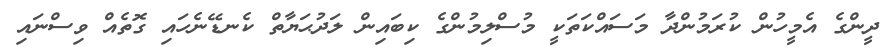
ދީންގެ އެމީހުން ކުރަމުންދާ މަސައްކަތަކީ މުސްލިމުންގެ ކިބައިން ލަދުޙަޔާތް ކެނޑޭނެހައި ގޮތެއް ވިސްނައި